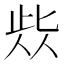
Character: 𱎷